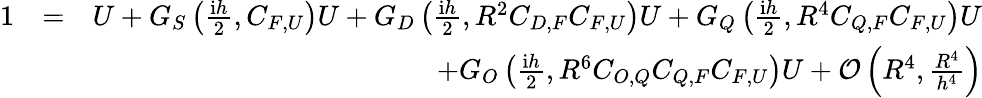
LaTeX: \begin{array}{rlr}{1}&{=}&{U+G_{S}\left(\frac{\mathrm{i}h}{2},C_{F,U}\right)U+G_{D}\left(\frac{\mathrm{i}h}{2},R^{2}C_{D,F}C_{F,U}\right)U+G_{Q}\left(\frac{\mathrm{i}h}{2},R^{4}C_{Q,F}C_{F,U}\right)U}\\ &{}&{+G_{O}\left(\frac{\mathrm{i}h}{2},R^{6}C_{O,Q}C_{Q,F}C_{F,U}\right)U+\mathcal{O}\left(R^{4},\frac{R^{4}}{h^{4}}\right)}\end{array}